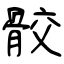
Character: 骹